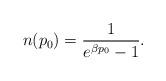
LaTeX: \begin{align*} n(p_0) = \frac{1}{e^{\beta p_0}-1}.\end{align*}